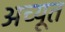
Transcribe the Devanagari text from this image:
अच्यूत